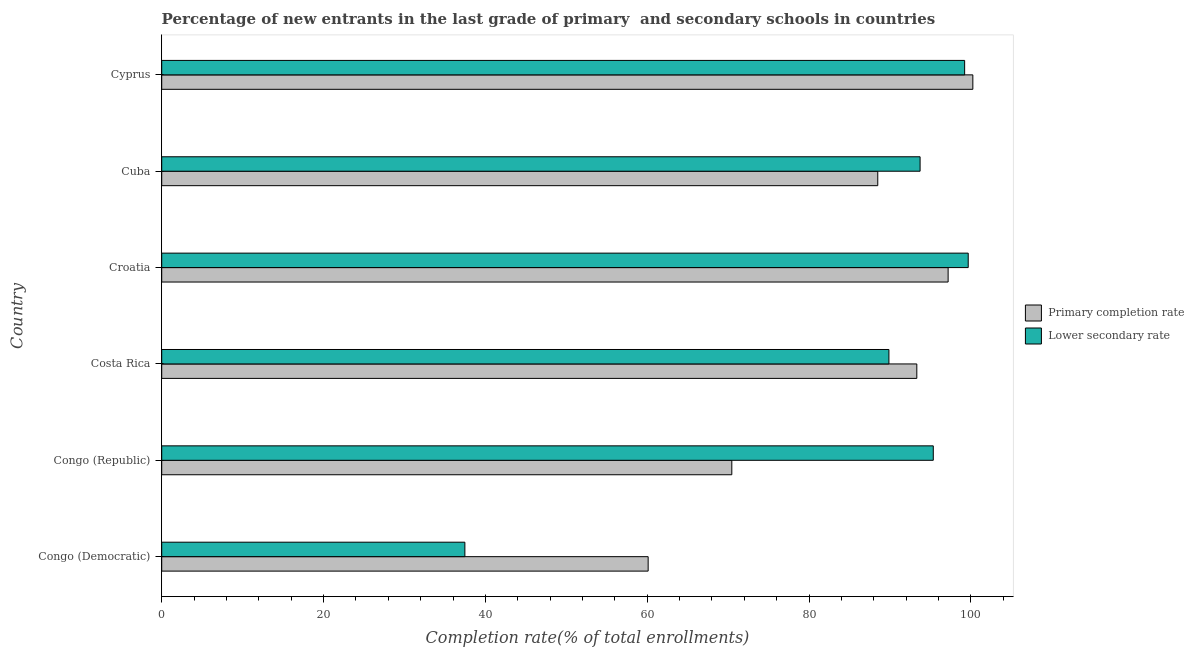
| Country | Primary completion rate | Lower secondary rate |
 | --- | --- | --- |
 | Congo (Democratic) | 60.1 | 37.5 |
 | Congo (Republic) | 70.5 | 95.4 |
 | Costa Rica | 93.3 | 89.9 |
 | Croatia | 97.2 | 99.7 |
 | Cuba | 88.5 | 93.7 |
 | Cyprus | 100 | 99.2 |